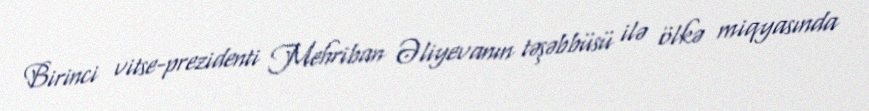
Birinci vitse-prezidenti Mehriban Əliyevanın təşəbbüsü ilə ölkə miqyasında